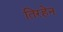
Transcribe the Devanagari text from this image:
तिरहेन